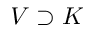
V \supset K